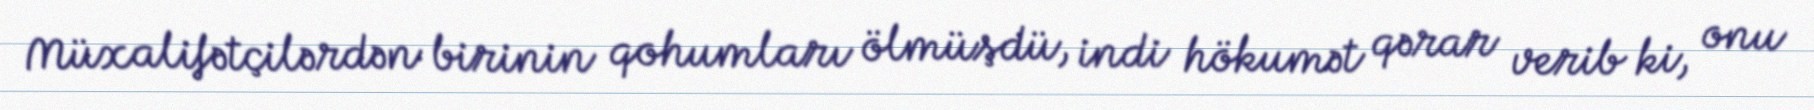
Müxalifətçilərdən birinin qohumları ölmüşdü, indi hökumət qərar verib ki, onu